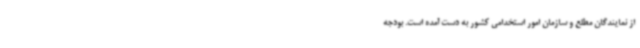
از نمایندگان مطلع و سازمان امور استخدامی کشور به دست آمده است. بودجه